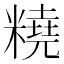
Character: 𱹞